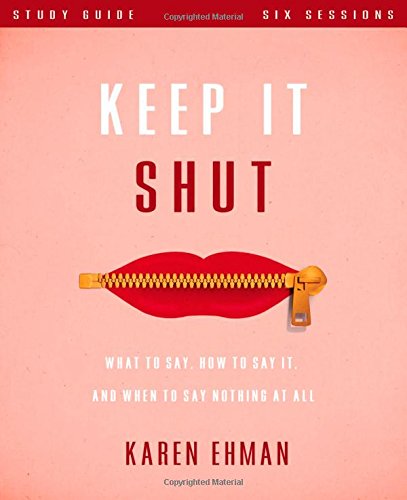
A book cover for Keep It Shut Study Guide: What to Say, How to Say It, and When to Say Nothing At All; Karen Ehman; Christian Books & Bibles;